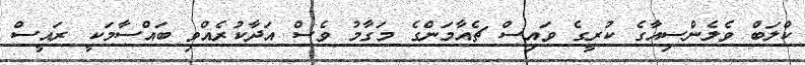
ކްލަބް ވެލެންސިއާގެ ކުރީގެ ވައިސް ޗެއާމަންގެ މަގާމު ވެސް އަދާކުރެއްވި ބައްސާމަކީ ރައީސް